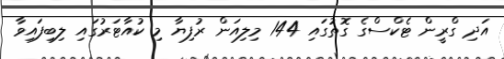
އަދި ގްރީން ޓެކްސްގެ ގޮތުގައި 144 މިލިއަން ރުފިޔާ މި ކުއާޓަރުގައި ލިބިފައިވާ